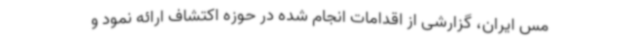
مس ایران، گزارشی از اقدامات انجام شده در حوزه اکتشاف ارائه نمود و